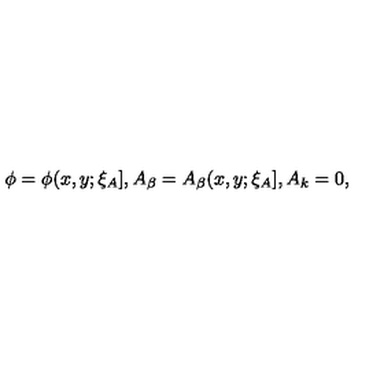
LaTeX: \phi = \phi ( x , y ; \xi _ { A } ] , A _ { \beta } = A _ { \beta } ( x , y ; \xi _ { A } ] , A _ { k } = 0 ,